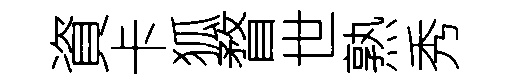
資卡狐瞀世熟秀